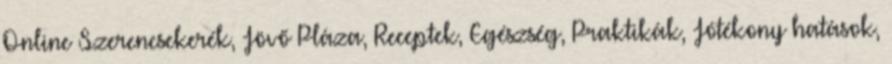
Online Szerencsekerék, Jövő Pláza, Receptek, Egészség, Praktikák, Jótékony hatások,